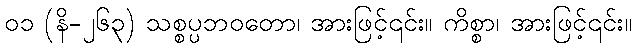
၀၁ (နိ-၂၆၃) သစ္စပ္ပဘဝတော၊ အားဖြင့်၎င်း။ ကိစ္စာ၊ အားဖြင့်၎င်း။